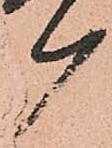
ケ